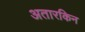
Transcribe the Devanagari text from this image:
अतारकिन